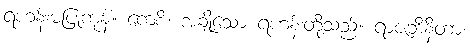
ရဟန်းမပြုကုန်။ ကေစိ၊ အချို့သော ရဟန်းတို့သည်။ ရာဇဘိနိတာ၊